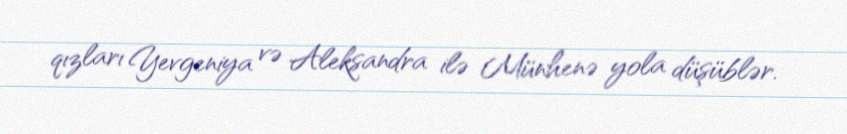
qızları Yevgeniya və Aleksandra ilə Münhenə yola düşüblər.